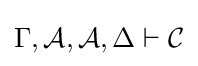
\Gamma ,{\mathcal {A}},{\mathcal {A}},\Delta \vdash {\mathcal {C}}